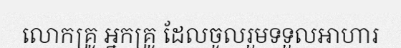
លោកគ្រូ អ្នកគ្រូ ដែលចូលរួមទទួលអាហារ